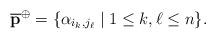
LaTeX: \begin{align*}\overline{\mathbf{p}}^{\oplus} = \{ \alpha_{i_k, j_\ell} \mid 1 \leq k, \ell \leq n \}.\end{align*}